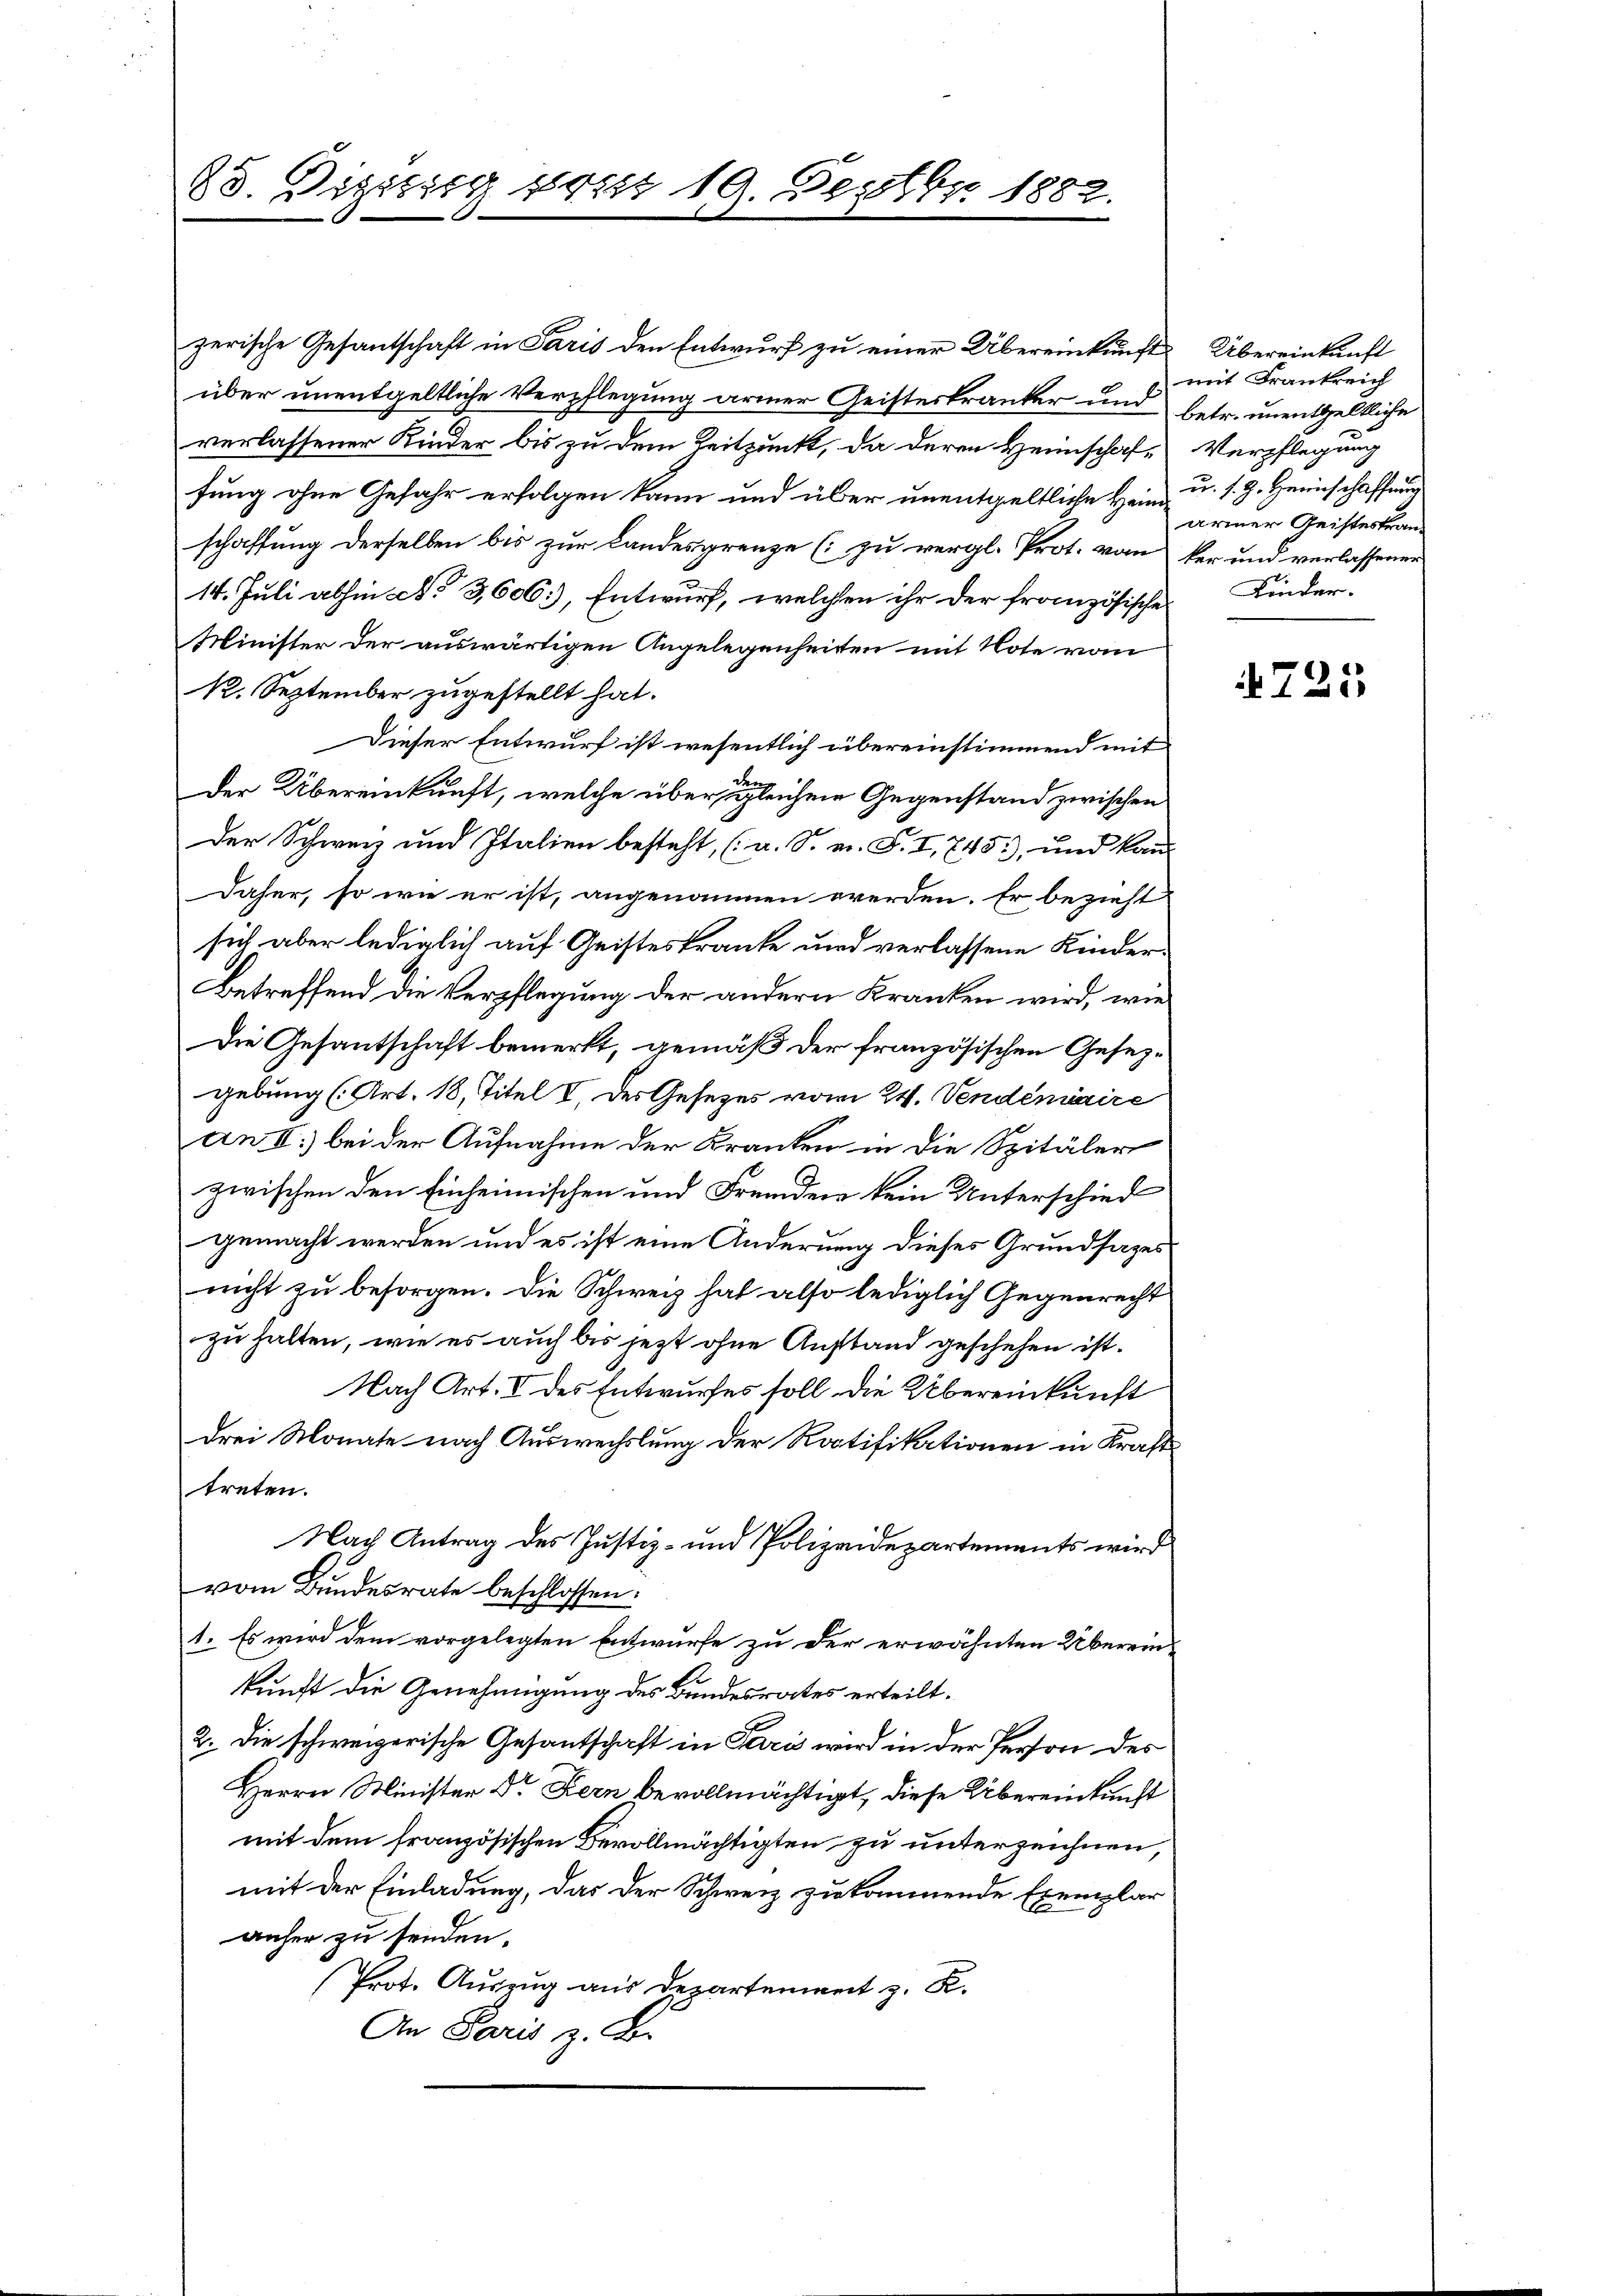
88. Dizissig seit 19. Septbr. 1882.

zerische Gesantschaft in Paris den Entwurf zu einer Übereinkunft
über unentgeltliche Verpflegung armer Geisteskranker und betr. unentgeltliche
verlassener Kinder bis zu dem Zeitpunkt, da deren Heimschaft Verpflegung
fung ohne Gefahr erfolgen kann und über unentgeltliche Heim, u. s. Z. Heimschaffnung
schaffung derselben bis zur Landesgrenze (zu vergl. Prot. vom ker und verlassener
14. Juli abhin No 3,606), Entwurf, welchen ihr der französische
Minister der auswärtigen Angelegenheiten mit Note vom
12. September zugestellt hat.
Dieser Entwurf ist wesentlich übereinstimmend mit
de
der Übereinkunft, welche über gleichen Gegenstand zwischen
Der Schweiz und Italien besteht, (a. S. v. S. I, 745), und kan-
Daher, so wie er ist, angenommen werden. Er bezieht
sich aber lediglich auf Geisteskranke und verlassene Kinder¬
Betreffend die Verpflegung der andern Kranken wird, wie
Die Gesantschaft bemerkt, gemäß der französischen Gesezgebung (Art. 18, Titel I. des Gesezes vom 24. Vendémiaire
An II.) bei der Aufnahme der Kranken in die Spitäler
zwischen den Einheimischen und Fremden kein Unterschied
gemacht werden und es ist eine Änderung dieses Grundsazes
nicht zu besorgen. Die Schweiz hat also lediglich Gegenrecht
zu halten, wie es auch bis jetzt ohne Anstand geschehen ist.
Nach Art. V des Entwurfes soll die Übereinkunft
drei Monate nach Auswechslung der Ratifikationen in Krafttreten.
Nach Antrag des Justiz- und Polizeidepartements wird
vom Bundesrate beschlossen:
1. Es wird dem vorgelegten Entwurfe zu der erwähnten Übereinkunft die Genehmigung des Bundesrates erteilt.
2. Die schweizerische Gesantschaft in Paris wird in der Person des
Herrn Minister Dr Fern bevollmächtigt, diese Übereinkunft
mit dem französischen Bevollmächtigten zu unterzeichnen,
mit der Einladung, das der Schweiz zu kommende Exemplar
anher zu senden.
Prot. Auszug aus Departement z. K.
An Paris z. B.

Übereinkunft
mit Frankreich
ariner Geisteskran
Kinder.

725